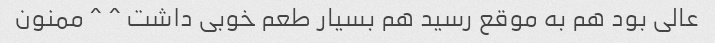
عالی بود هم به موقع رسید هم بسیار طعم خوبی داشت ^ ^ ممنون